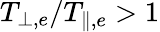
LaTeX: T_{\perp,e}/T_{\parallel,e}>1